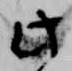
此